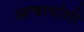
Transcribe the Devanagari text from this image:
आचार्याशी